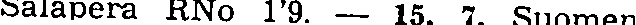
Salapera RNo 1'9. — 15. 7. Suomen